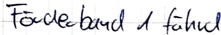
Text: Förderband 1 führed